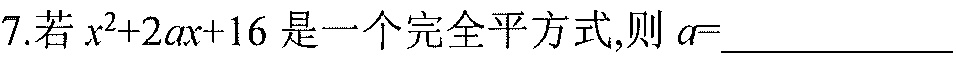
7. 若 \(x^{2}+2ax + 16\) 是一个完全平方式，则 \(a=\)__________